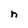
Character: n